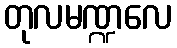
တုလမဏ္ဍလေ